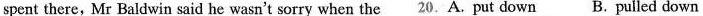
spent there,Mr Baldwin said he wasn't sorry when the 20.A. put down B. pulled down